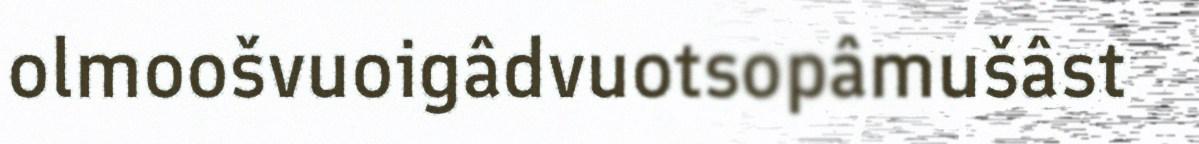
olmoošvuoigâdvuotsopâmušâst